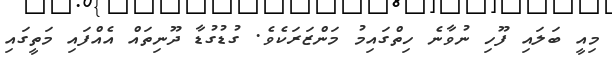
މިއީ ބަލައި ފޫހި ނުވާނެ ހިތްގައިމު މަންޒަރަކެވެ. ގުޑުގުޑާ ދޫނިތައް އެއްފައި މަތީގައި